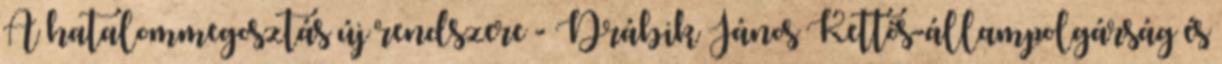
A hatalommegosztás új rendszere - Drábik János Kettős-állampolgárság és